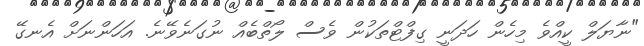
"ނާޔަލް ކީއްވެ މިހެން ހަދަނީ ގިފްޓްތަކުން ވެސް ލޯތްބެއް ނުގަނެވޭނެ. އަހަންނަށް އެނގޭ